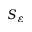
S _ { \varepsilon }